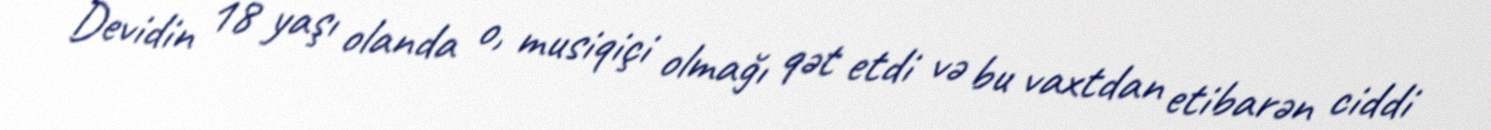
Devidin 18 yaşı olanda o, musiqiçi olmağı qət etdi və bu vaxtdan etibarən ciddi